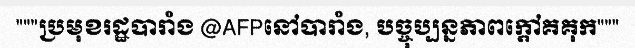
"""ប្រមុខរដ្ឋបារាំង @AFPនៅបារាំង, បច្ចុប្បន្នភាពក្តៅគគុក"""